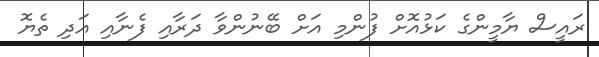
ރައީސް ޔާމީންގެ ކަޅުއޮށް ފުންމި އަށް ބޭނުންވާ ދަރާއި ފެނާއި އަދި ތެޔޮ